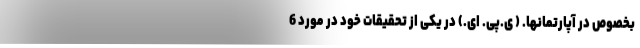
بخصوص در آپارتمانها. ( ی.پی. ای.) در یکی از تحقیقات خود در مورد 6